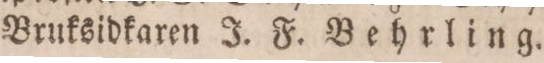
Bruksidkaren J. F. Behrling.